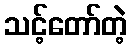
သင့်တော်တဲ့